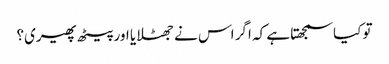
تو کیا سمجھتا ہے کہ اگر اس نے جھٹلایا اور پیٹھ پھیری؟